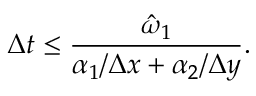
\Delta t \leq \frac { \hat { \omega } _ { 1 } } { \alpha _ { 1 } / \Delta x + \alpha _ { 2 } / \Delta y } .